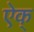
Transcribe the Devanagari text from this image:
ऐक्